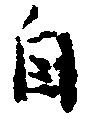
自